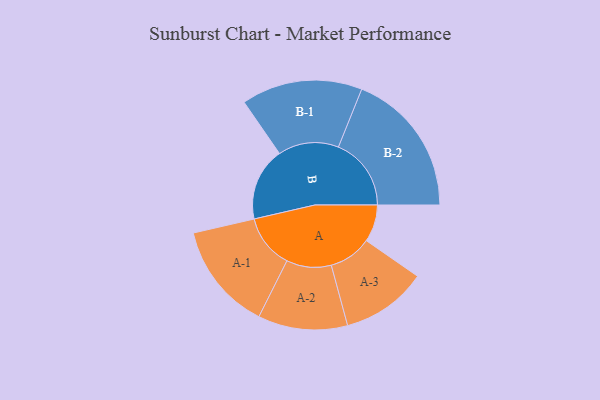
{"axis": {"x": "Segment", "y": "Value"}, "legend": ["", "A", "B"], "data": [{"x": "A", "y": 118, "type": ""}, {"x": "B", "y": 232, "type": ""}, {"x": "A-1", "y": 171, "type": "A"}, {"x": "A-2", "y": 142, "type": "A"}, {"x": "A-3", "y": 136, "type": "A"}, {"x": "B-1", "y": 192, "type": "B"}, {"x": "B-2", "y": 231, "type": "B"}]}